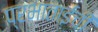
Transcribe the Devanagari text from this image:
प्रभाताईंची